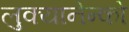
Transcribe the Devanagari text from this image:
लुक्यानेन्को